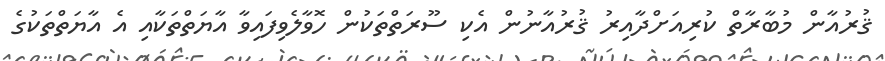
ޤުރުއާން މުބާރާތް ކުރިއަށްދާއިރު ޤުރުއާނުން އެކި ސޫރަތްތަކުން ހޮވާލެވިފައިވާ އާޔަތްތަކާއި އެ އާޔަތްތަކުގެ